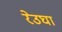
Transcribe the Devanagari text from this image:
रेउघा